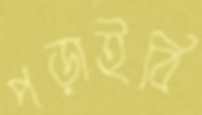
পড়াইবি